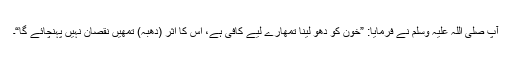
آپ صلی اللہ علیہ وسلم نے فرمایا: ”خون کو دھو لینا تمھارے لیے کافی ہے، اس کا اثر (دھبہ) تمھیں نقصان نہیں پہنچائے گا“۔